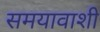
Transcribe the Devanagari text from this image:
समयावाशी